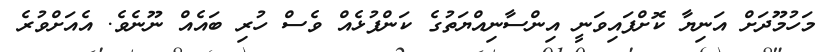
މަހުމޫދަށް އަނިޔާ ކޮށްފައިވަނީ އިންސާނިއްޔަތުގެ ކަންފުޅެއް ވެސް ހުރި ބައެއް ނޫނެވެ. އެއަށްވުރެ